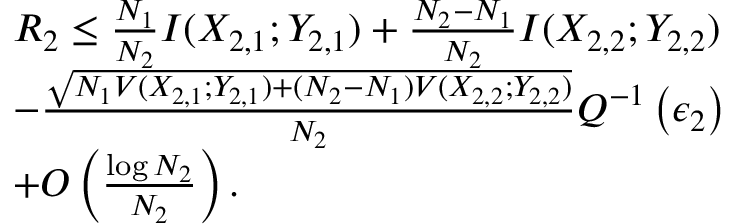
\begin{array} { r l } & { R _ { 2 } \leq \frac { N _ { 1 } } { N _ { 2 } } I ( X _ { 2 , 1 } ; Y _ { 2 , 1 } ) + \frac { N _ { 2 } - N _ { 1 } } { N _ { 2 } } I ( X _ { 2 , 2 } ; Y _ { 2 , 2 } ) } \\ & { - \frac { \sqrt { N _ { 1 } V ( X _ { 2 , 1 } ; Y _ { 2 , 1 } ) + ( N _ { 2 } - N _ { 1 } ) V ( X _ { 2 , 2 } ; Y _ { 2 , 2 } ) } } { N _ { 2 } } Q ^ { - 1 } \left( \epsilon _ { 2 } \right) } \\ & { + O \left( \frac { \log N _ { 2 } } { N _ { 2 } } \right) . } \end{array}